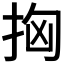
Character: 𢫤